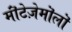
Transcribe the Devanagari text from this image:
मॊंटेज़ेमॊलॊ